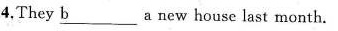
4.They \underline{b} a new house last month.